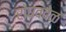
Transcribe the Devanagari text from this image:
राघववेळ